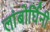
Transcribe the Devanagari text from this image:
लांबोर्घिनी